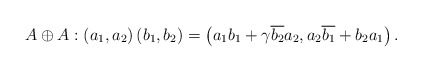
\begin{align*}A\oplus A:\left( a_{1},a_{2}\right) \left( b_{1},b_{2}\right) =\left(a_{1}b_{1}+\gamma \overline{b_{2}}a_{2},a_{2}\overline{b_{1}}+b_{2}a_{1}\right) . \end{align*}